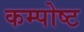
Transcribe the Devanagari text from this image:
कम्पोष्ट